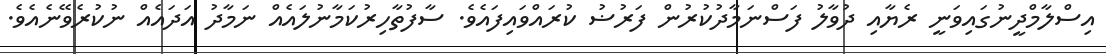
އިސްލާމްދީނުގައިވަނީ ރެޔާއި ދުވާލު ފަސްނަމާދުކުރުން ފަރުޟު ކުރައްވައިފައެވެ. ސާފުތާހިރުކަމާނުލައެއް ނަމާދު އަދައެއް ނުކުރެވޭނެއެވެ.